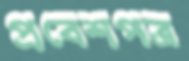
প্রবেশপত্র